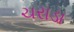
ચરાડા